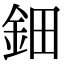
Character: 鈿